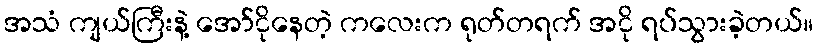
အသံ ကျယ်ကြီးနဲ့ အော်ငိုနေတဲ့ ကလေးက ရုတ်တရက် အငို ရပ်သွားခဲ့တယ်။